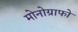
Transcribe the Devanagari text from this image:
मोनोग्राफो